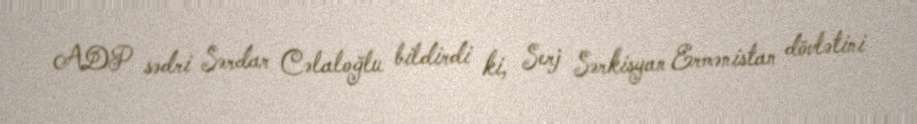
ADP sədri Sərdar Cəlaloğlu bildirdi ki, Serj Sərkisyan Ermənistan dövlətini